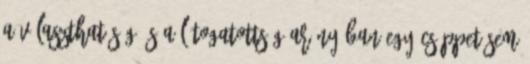
a választhatóság és a látogatottság arányában egy csöppet sem